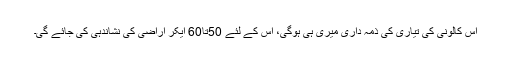
اس کالونی کی تیاری کی ذمہ داری میری ہی ہوگی، اس کے لئے 50تا60 ایکر اراضی کی نشاندہی کی جائے گی۔